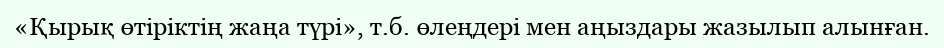
«Қырық өтіріктің жаңа түрі», т.б. өлеңдері мен аңыздары жазылып алынған.